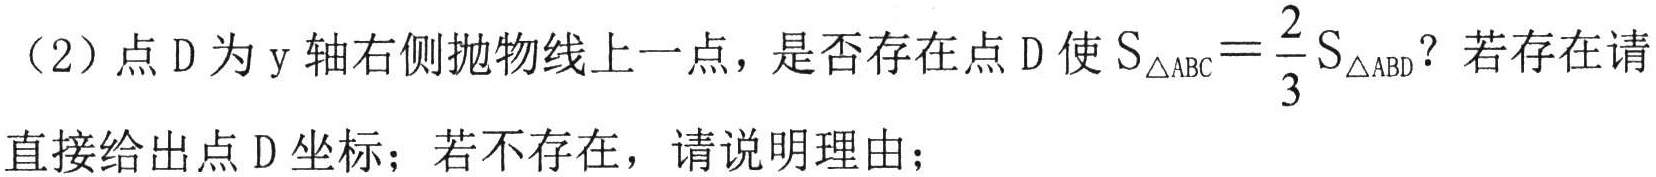
（2）点 D 为 y 轴右侧抛物线上一点，是否存在点 D 使 \(S_{\triangle ABC}=\frac{2}{3}S_{\triangle ABD}\)？若存在请
直接给出点 D 坐标；若不存在，请说明理由；